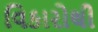
વિકારોથી